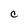
Character: C